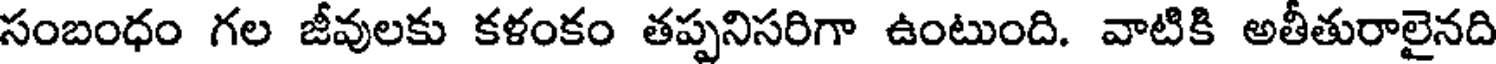
సంబంధం గల జీవులకు కళంకం తప్పనిసరిగా ఉంటుంది. వాటికి అతీతురాలైనది